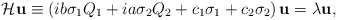
\begin{align*}{\cal H}{\bf u}\equiv \left( ib\sigma_1Q_1 + ia\sigma_2Q_2 +c_1\sigma_1 + c_2\sigma_2\right){\bf u} = \lambda{\bf u},\end{align*}